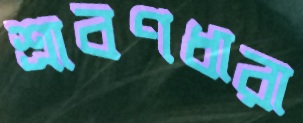
শ্রাবণধারা